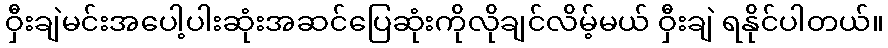
ဝှီးချဲမင်းအပေါ့ပါးဆုံးအဆင်ပြေဆုံးကိုလိုချင်လိမ့်မယ် ဝှီးချဲ ရနိုင်ပါတယ်။